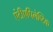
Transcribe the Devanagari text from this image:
एंटीएपिलेप्टिक